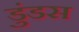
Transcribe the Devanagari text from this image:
डुंडस